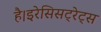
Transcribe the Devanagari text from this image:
है।इरेसिसट्रेट्स